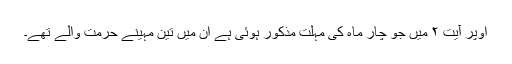
اوپر آیت ۲ میں جو چار ماہ کی مہلت مذکور ہوئی ہے ان میں تین مہینے حرمت والے تھے۔